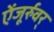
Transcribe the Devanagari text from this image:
ऐंजूर्रुवर्